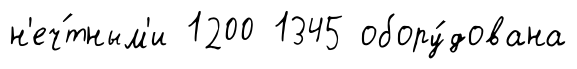
н'еч́тным'и 1200 1345 обору́дована